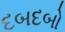
દબદબો